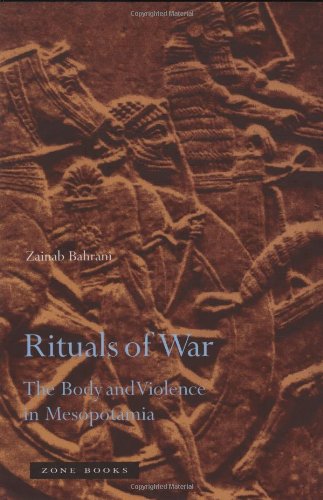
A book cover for Rituals of War: The Body and Violence in Mesopotamia; Zainab Bahrani; History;